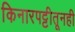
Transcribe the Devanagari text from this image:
किनारपट्टीतूनही